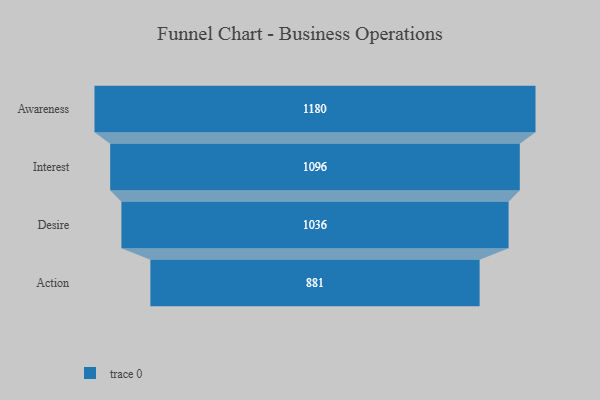
{"axis": {"x": "Stage", "y": "Value"}, "legend": [""], "data": [{"x": "Awareness", "y": 1180.0, "type": ""}, {"x": "Interest", "y": 1096.0, "type": ""}, {"x": "Desire", "y": 1036.0, "type": ""}, {"x": "Action", "y": 881.0, "type": ""}]}